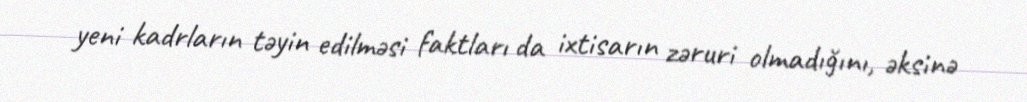
yeni kadrların təyin edilməsi faktları da ixtisarın zəruri olmadığını, əksinə